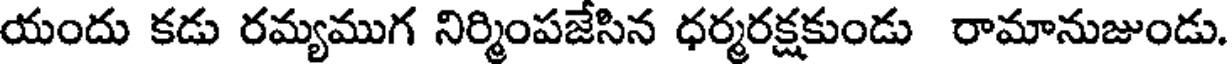
యందు కడు రమ్యముగ నిర్మింపజేసిన ధర్మరక్షకుండు రామానుజుండు.